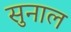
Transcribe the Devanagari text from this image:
सुनाल